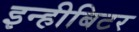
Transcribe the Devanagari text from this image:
इन्हीबिटर